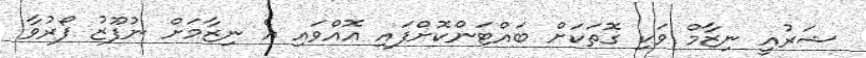
ޝަރުއީ ނިޒާމް ވަކި ގޮތަކަށް ބައްޓަންކޮށްފައި އޮއްވައި އެ ނިޒާމަށް ނުފޫޒު ފޯރުވާ